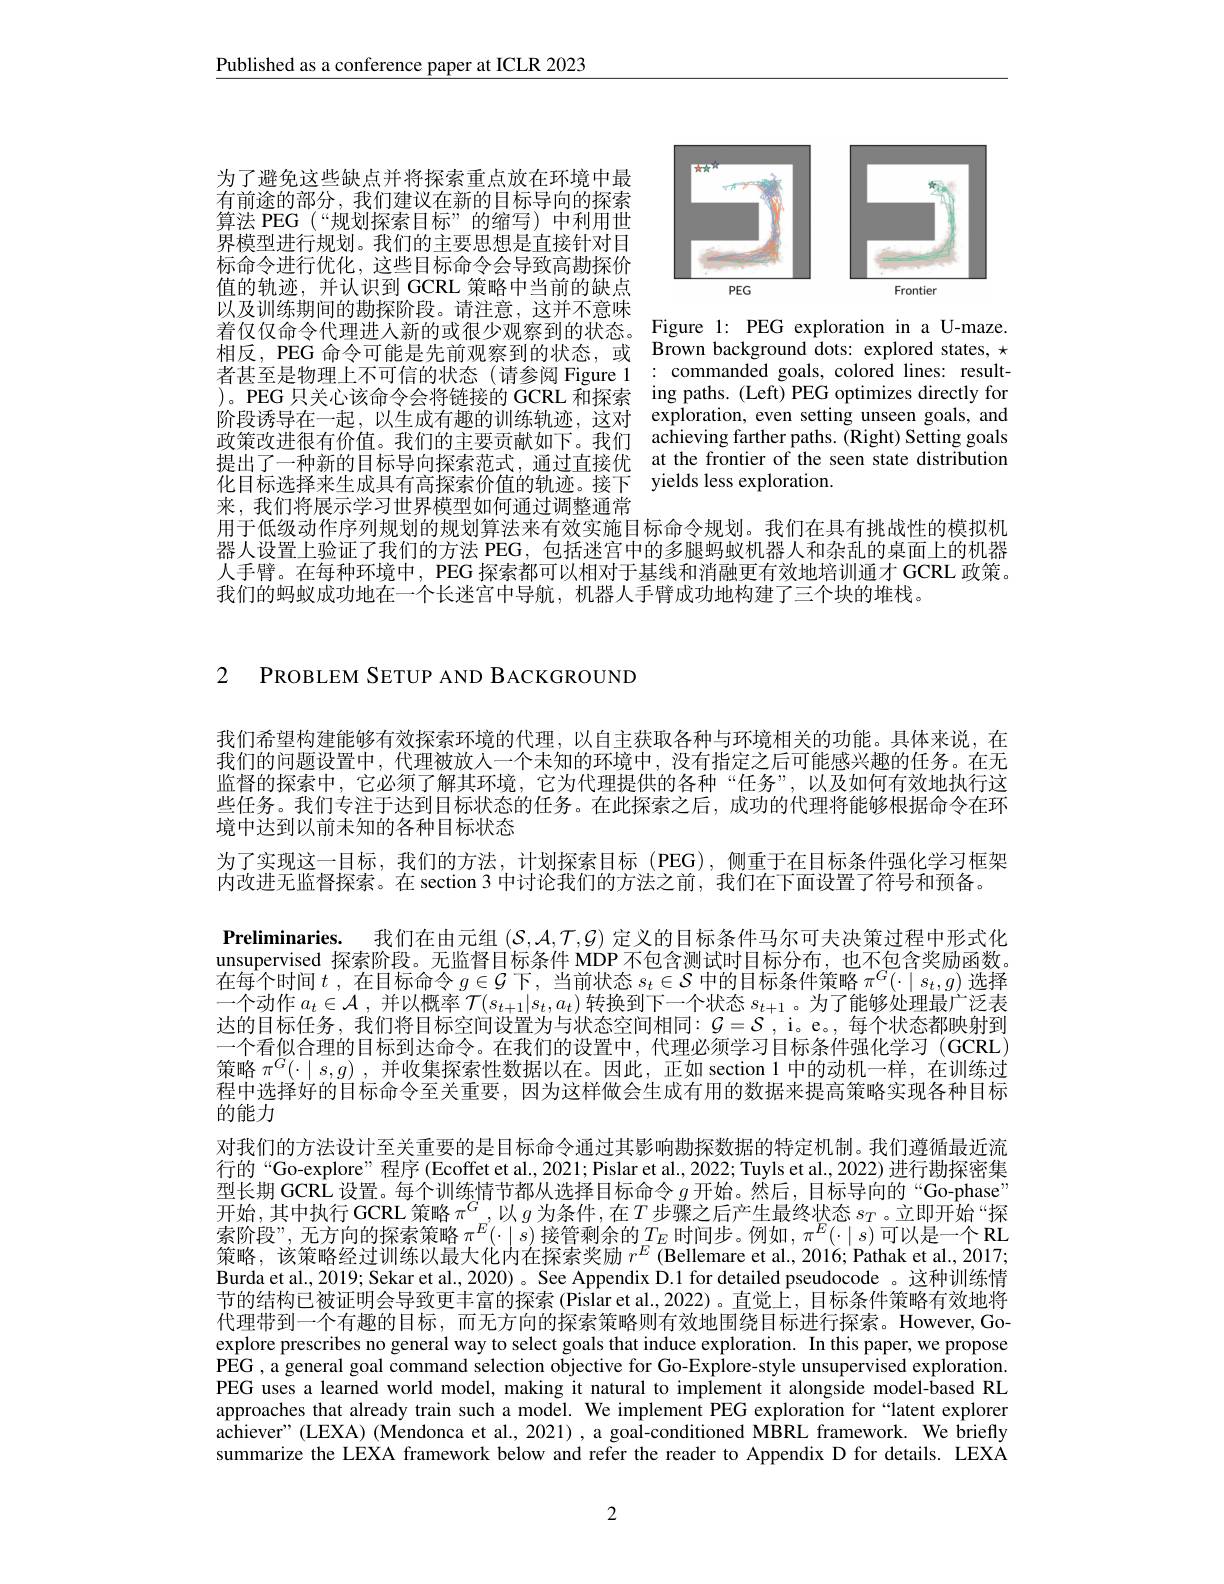
Published as a conference paper at ICLR 2023

<FigureHere>

为了避免这些缺点并将探索重点放在环境中最有前途的部分，我们建议在新的目标导向的探索算法 PEG (“规划探索目标”的缩写)中利用世界模型进行规划。我们的主要思想是直接针对目标命令进行优化，这些目标命令会导致高勘探价值的轨迹，并认识到 GCRL 策略中当前的缺点以及训练期间的勘探阶段。请注意，这并不意味着仅仅命令代理进人新的或很少观察到的状态。Figure l: PEG exploration in a U-maze. 相反，PEG 命令可能是先前观察到的状态，或 Brown background dots: explored states, $\star$ 者甚至是物理上不可信的状态(请参阅 Figure 1 : commanded goals, colored lines: result- )。PEG 只关心该命令会将链接的 GCRL 和探索 ing paths.(Left) PEG optimizes directly for 阶段诱导在一起，以生成有趣的训练轨迹，这对 exploration, even setting unseen goals, and 政策改进很有价值。我们的主要贡献如下。我们 achieving farther paths.(Right) Setting goals 提出了一种新的目标导向探索范式，通过直接优 at the frontier of the seen state distribution 化目标选择来生成具有高探索价值的轨迹。接下 yields less exploration.
来，我们将展示学习世界模型如何通过调整通常
用于低级动作序列规划的规划算法来有效实施目标命令规划。我们在具有挑战性的模拟机器人设置上验证了我们的方法 PEG, 包括迷宫中的多腿蚂蚁机器人和杂乱的桌面上的机器人手臂。在每种环境中，PEG 探索都可以相对于基线和消融更有效地培训通才 GCRL 政策。

我们的蚂蚁成功地在一个长迷宫中导航，机器人手臂成功地构建了三个块的堆栈。

2 PROBLEM SETUP AND BACKGROUND

我们希望构建能够有效探索环境的代理，以自主获取各种与环境相关的功能。具体来说，在我们的问题设置中，代理被放人一个未知的环境中，没有指定之后可能感兴趣的任务。在无监督的探索中，它必须了解其环境，它为代理提供的各种“任务”,以及如何有效地执行这些任务。我们专注于达到目标状态的任务。在此探索之后，成功的代理将能够根据命令在环境中达到以前未知的各种目标状态
为了实现这一目标，我们的方法，计划探索目标(PEG),侧重于在目标条件强化学习框架
内改进无监督探索。在 section 3 中讨论我们的方法之前，我们在下面设置了符号和预备。
Preliminaries. 我们在由元组$(\mathcal{S},\mathcal{A},\mathcal{T},\mathcal{G})$定义的目标条件马尔可夫决策过程中形式化unsupervised 探索阶段。无监督目标条件 MDP 不包含测试时目标分布，也不包含奖励函数。在 每 个 时 间 $t$ , 在 目 标 命 令 $g\in \mathcal{G}$ 下 , 当 前 状 态 $s_t\in \mathcal{S}$ 中 的 目 标 条 件 策 略 $\pi ^G( \cdot \mid s_t, g)$ 选 择 一 个 动 作 $a_t\in \mathcal{A}$ , 并 以 概 率 $\mathcal{T} ( s_{t+ 1}| s_t, a_t)$ 转 换 到 下 一 个 状 态 $s_{t+ 1}$。为 了 能 够 处 理 最 广 泛 表 小 的 日 上 行 在 $t$ $t$ , $t$ $t$ , $t$ $t$ , $t$ $t$ , $t$ , $t$ , $t$ , $t$ , $t$ , $t$ , $t$ , $t$ , 达的目标任务，我们将目标空间设置为与状态空间相同$:\mathcal{G}=\mathcal{S}$ , i。e。, 每个状态都映射到一个看似合理的目标到达命令。在我们的设置中，代理必须学习目标条件强化学习(GCRL) 策略$\pi^G(\cdot\mid s,g)$ ,并收集探索性数据以在。因此，正如 section 1 中的动机一样，在训练过程中选择好的目标命令至关重要，因为这样做会生成有用的数据来提高策略实现各种目标的能力
对我们的方法设计至关重要的是目标命令通过其影响勘探数据的特定机制。我们遵循最近流行的“Go-explore”程序(Ecoffet et al., 2021; Pislar et al., 2022; Tuyls et al., 2022) 进行勘探密集型长期 GCRL 设置。每个训练情节都从选择目标命令$g$开始。然后，目标导向的“Go-phase” 开始，其中执行 GCRL 策略$\pi^G$,以$g$为条件，在$T_\text{步骤之后产生最终状态 }s_T$。立即开始“探索阶段”,无方向的探索策略$\pi^E(\cdot\mid s)$接管剩余的$T_E$时间步。例如$,\pi^E(\cdot\mid s)$可以是一个 RL 策略，该策略经过训练以最大化内在探索奖励$r^E$ (Bellemare et al., 2016; Pathak et al., 2017; Burda et al., 2019; Sekar et al., 2020) 。See Appendix D.1 for detailed pseudocode 。这种训练情节的结构已被证明会导致更丰富的探索(Pislar et al.,2022)。直觉上，目标条件策略有效地将代理带到一个有趣的目标，而无方向的探索策略则有效地围绕目标进行探索。However,Goexplore prescribes no general way to select goals that induce exploration. In this paper, we propose PEG , a general goal command selection objective for Go-Explore-style unsupervised exploration. PEG uses a learned world model, making it natural to implement it alongside model-based RL approaches that already train such a model. We implement PEG exploration for“latent explorer achiever" (LEXA) (Mendonca et al., 2021) ,a goal-conditioned MBRL framework. We brieffy summarize the LEXA framework below and refer the reader to Appendix D for details. LEXA

2